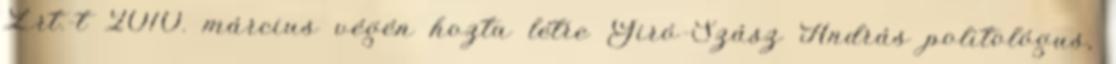
Zrt.-t 2010. március végén hozta létre Giró-Szász András politológus,